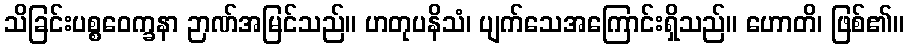
သိခြင်းပစ္စဝေက္ခနာ ဉာဏ်အမြင်သည်။ ဟတုပနိသံ၊ ပျက်သေအကြောင်းရှိသည်။ ဟောတိ၊ ဖြစ်၏။